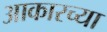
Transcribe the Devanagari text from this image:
आकारच्या